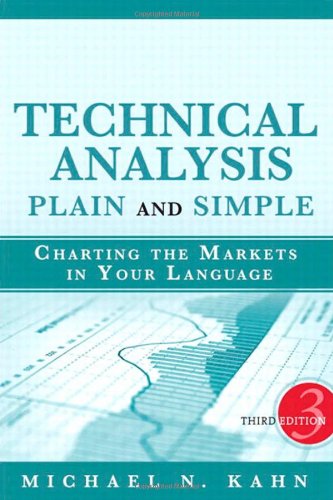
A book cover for Technical Analysis Plain and Simple: Charting the Markets in Your Language (3rd Edition); Michael N. Kahn CMT; Business & Money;